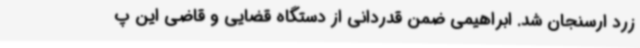
زرد ارسنجان شد. ابراهیمی ضمن قدردانی از دستگاه قضایی و قاضی این پ